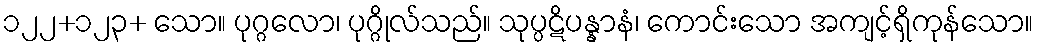
၁၂၂+၁၂၃+ သော။ ပုဂ္ဂလော၊ ပုဂ္ဂိုလ်သည်။ သုပ္ပဋိပန္နာနံ၊ ကောင်းသော အကျင့်ရှိကုန်သော။